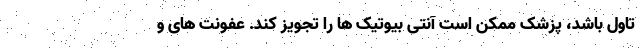
تاول باشد، پزشک ممکن است آنتی بیوتیک ها را تجویز کند. عفونت های و